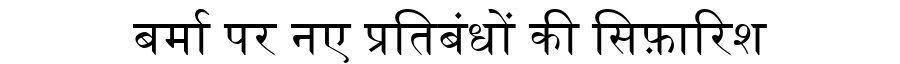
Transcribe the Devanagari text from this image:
बर्मा पर नए प्रतिबंधों की सिफ़ारिश